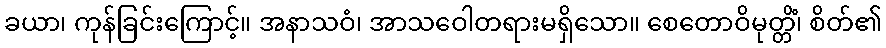
ခယာ၊ ကုန်ခြင်းကြောင့်။ အနာသဝံ၊ အာသဝေါတရားမရှိသော။ စေတောဝိမုတ္တိံ၊ စိတ်၏